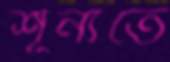
শূন্যতে